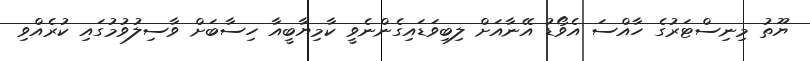
ޔޫތު މިނިސްޓަރުގެ ހާއްސަ އެވޯޑު އޭނާއަށް ލިބިވަޑައިގެންނެވީ ކާމިޔާބީއާ ހިސާބަށް ވާސިލުވުމުގައި ކުރެއްވި